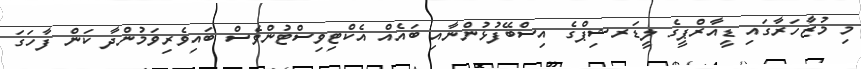
މި މުޒާހަރާގައި ޑީއާރްޕީގެ ލީޑަރޝިޕްގެ އިސްބޭފުޅުންނާއި ބައެއް އެކްޓިވިސްޓުންވެސް ބައިވެރިވަމުންދާ ކަން ފާހަގަ